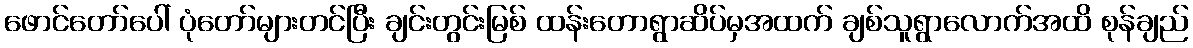
ဖောင်တော်ပေါ် ပုံတော်များတင်ပြီး ချင်းတွင်းမြစ် ထန်းတောရွာဆိပ်မှအထက် ချစ်သူရွာလောက်အထိ စုန်ချည်